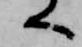
へ